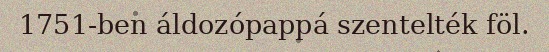
1751-ben áldozópappá szentelték föl.